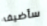
سأضيف